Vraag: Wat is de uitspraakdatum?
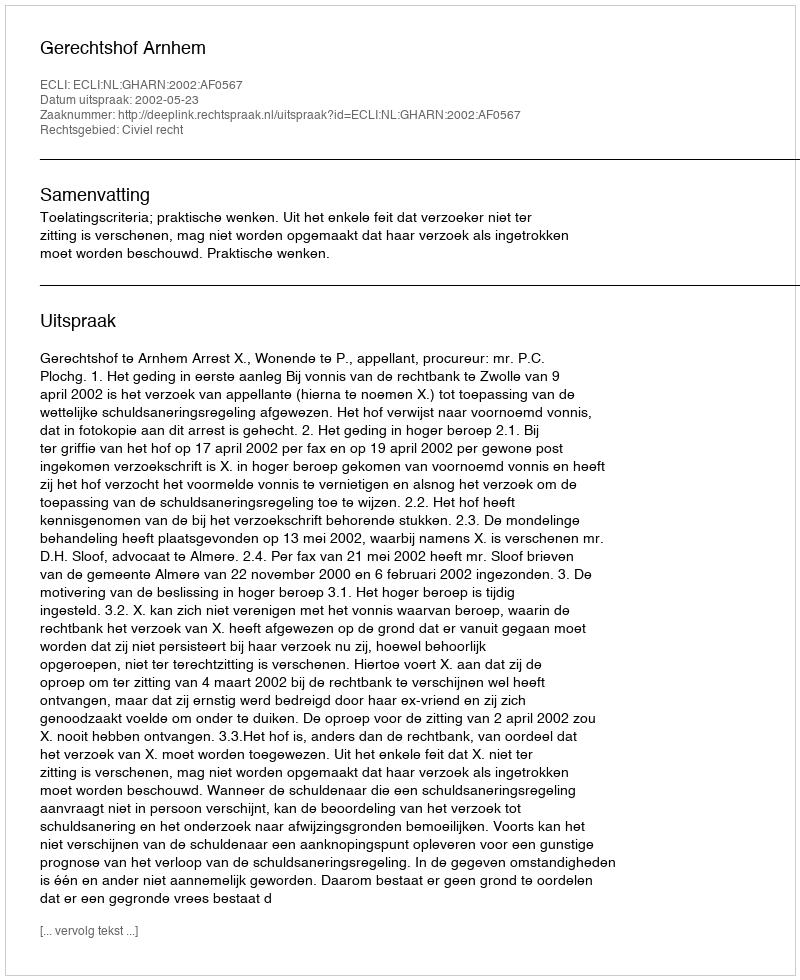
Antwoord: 2002-05-23